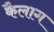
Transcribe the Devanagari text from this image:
कैलाग